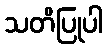
သတိပြုပါ